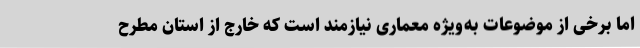
اما برخی از موضوعات به‌ویژه معماری نیازمند است که خارج از استان مطرح